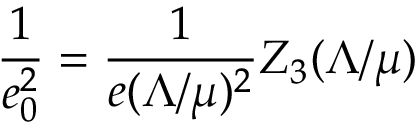
\frac { 1 } { e _ { 0 } ^ { 2 } } = \frac { 1 } { e ( \Lambda / \mu ) ^ { 2 } } Z _ { 3 } ( \Lambda / \mu )